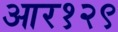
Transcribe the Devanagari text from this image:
आर१२९